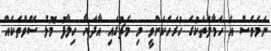
ނަމަވެސް އެ ހަމާލަތަކުގެ ހުރަހަކަށްވީ މި މެޗުގައި އާދަޔާ ހިލާފު މޮޅު ސޭވްތަކެއް